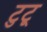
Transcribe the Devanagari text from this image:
टुटू